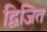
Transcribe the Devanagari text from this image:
द्विजित